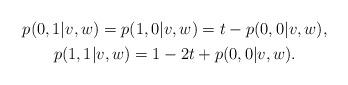
LaTeX: \begin{align*}\begin{gathered}p(0,1|v,w) = p(1,0|v,w) = t- p(0,0|v,w), \\p(1,1|v,w) = 1-2t+p(0,0|v,w).\end{gathered}\end{align*}